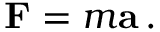
\mathbf { F } = m \mathbf { a } \, .